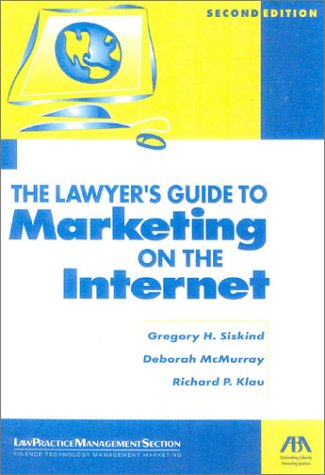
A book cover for The Lawyer's Guide to Marketing on the Internet; Gregory H. Siskind; Law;